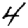
Digit: 4